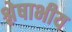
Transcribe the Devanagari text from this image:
श्लेषाभीय